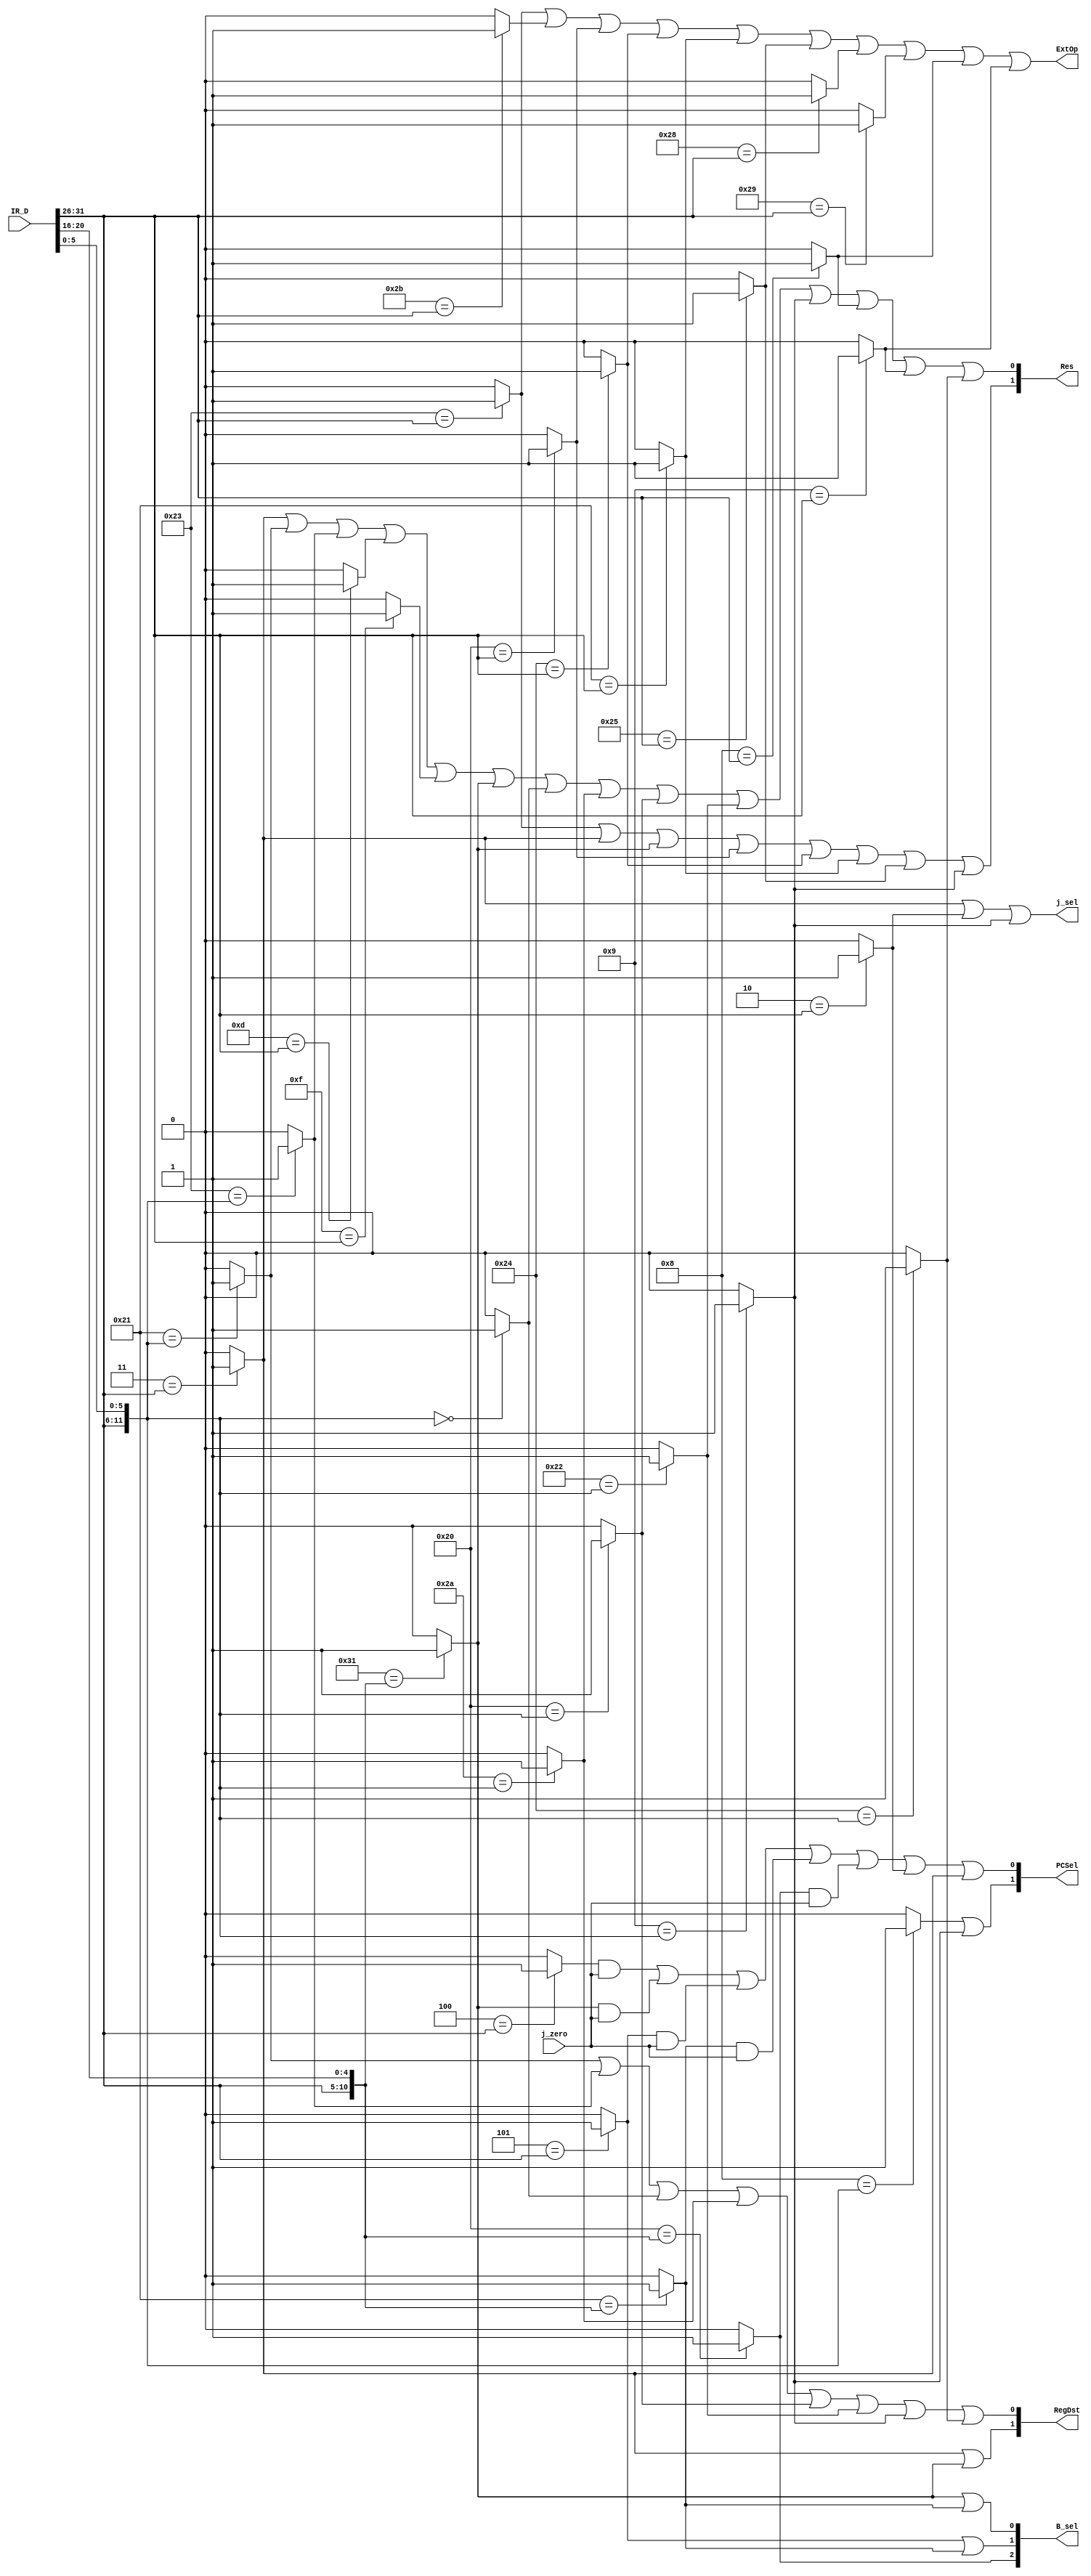
`timescale 1ns / 1ps
//////////////////////////////////////////////////////////////////////////////////
// Company: 
// Engineer: 
// 
// Design Name: 
// Module Name:    contr_D 
// Project Name: 
// Target Devices: 
// Tool versions: 
// Description: 
//
// Dependencies: 
//
// Revision: 
// Revision 0.01 - File Created
// Additional Comments: 
//
//////////////////////////////////////////////////////////////////////////////////
    `define ADDU 12'b000000100001
	 `define SUBU 12'b000000100011
	 `define ORI 6'b001101
	 `define LW 6'b100011
	 `define SW 6'b101011
	 `define BEQ 6'b000100
	 `define LUI 6'b001111
	 `define SLL 12'b000000000000//sll 
	 `define JAL 6'b000011
	 `define JR 12'b000000001000
	 `define J 6'b000010
	 //
	 `define BGEZAL 11'b00000110001
	 `define LB 6'b100000
	 `define LBU 6'b100100
	 `define LH 6'b100001
	 `define LHU 6'b100101
	 `define SB 6'b101000
	 `define SH 6'b101001
	 `define SLT 12'b000000101010
     //P6
	 `define ADD 12'b000000100000
	 `define ADDI 6'b001000
	 `define ADDIU 6'b001001
	 `define AND 12'b000000100100
	 `define ANDI 6'b001100
	 `define BGEZ 11'b00000100001//rt
	 `define BGTZ 6'b000111
	 `define BLEZ 6'b000110
	 `define BLTZ 11'b00000100000
	 `define BNE 6'b000101
	 `define DIV 12'b000000011010
	 `define DIVU 12'b000000011011
	 `define JALR 12'b000000001001
	 `define MFHI 12'b000000010000
	 `define MFLO 12'b000000010010
	 `define MTHI 12'b000000010001
	 `define MTLO 12'b000000010011
	 `define MULT 12'b000000011000
	 `define MULTU 12'b000000011001
	 `define NOR 12'b000000100111
	 `define OR 12'b000000100101
	 `define SLLV 12'b000000000100
	 `define SLTI 6'b001010
	 `define SLTIU 6'b001011
	 `define SLTU 12'b000000101011
	 `define SRA 12'b000000000011
	 `define SRAV 12'b000000000111
	 `define SRL 12'b000000000010
	 `define SRLV 12'b000000000110
	 `define SUB 12'b000000100010
	 `define XOR 12'b000000100110
	 `define XORI 6'b001110
module contr_D(
    input [31:0] IR_D,
	 input j_zero,
    //output RegWrite,
    output ExtOp,
    output [2:0] B_sel,
	 output [1:0] PCSel,
	 output [1:0] Res,
	 output [1:0] RegDst,
	 output j_sel
    );
	 wire [5:0] opcode,func;
	 wire [4:0] rt_D;
	 wire addu_,subu_,ori_,lw_,sw_,beq_,lui_,jr_,jal_,j_,bgezal_,lb_,lbu_,lh_,lhu_,sb_,sh_,sll_,slt_;
	 wire add_,addi_,addiu_,and_,andi_,bgez_,bgtz_,blez_,bltz_,bne_,div_,divu_,jalr_,mfhi_,mflo_;
	 wire mthi_,mtlo_,mult_,multu_,nor_,or_,sllv_,slti_,sltiu_,sltu_,sra_,srav_,srl_,srlv_,sub_,xor_,xori_;
	 assign opcode = IR_D[31:26];
	 assign func = IR_D[5:0];
	 assign rt_D = IR_D[20:16];
	 //R
	 assign addu_ = (`ADDU=={opcode[5:0],func[5:0]})?1:0;
	 assign subu_ = (`SUBU=={opcode[5:0],func[5:0]})?1:0;
	 assign sll_ = (`SLL=={opcode[5:0],func[5:0]})?1:0;
	 assign jr_ = (`JR=={opcode[5:0],func[5:0]})?1:0;
	 //
	 assign ori_ = (`ORI=={opcode[5:0]})?1:0;
	 assign lw_ = (`LW=={opcode[5:0]})?1:0;
	 assign sw_ = (`SW=={opcode[5:0]})?1:0; 
    assign beq_ = (`BEQ=={opcode[5:0]})?1:0;	
    assign lui_ = (`LUI=={opcode[5:0]})?1:0;
    assign j_ = (`J=={opcode[5:0]})?1:0;	 
	 assign jal_ = (`JAL=={opcode[5:0]})?1:0;
	 //
	 assign bgezal_ = (`BGEZAL=={opcode[5:0],rt_D[4:0]})?1:0;
	 assign lb_ = (`LB=={opcode[5:0]})?1:0;
	 assign lbu_ = (`LBU=={opcode[5:0]})?1:0;
	 assign lh_ = (`LH=={opcode[5:0]})?1:0;
	 assign lhu_ = (`LHU=={opcode[5:0]})?1:0;
	 assign sb_ = (`SB=={opcode[5:0]})?1:0; 
	 assign sh_ = (`SH=={opcode[5:0]})?1:0; 
	 assign slt_ = (`SLT=={opcode[5:0],func[5:0]})?1:0;
	 //p6
	 assign add_ = (`ADD=={opcode[5:0],func[5:0]})?1:0;
	 assign addi_ = (`ADDI=={opcode[5:0]})?1:0;
	 assign addiu_ = (`ADDIU=={opcode[5:0]})?1:0;	 
	 assign and_ = (`AND=={opcode[5:0],func[5:0]})?1:0;
    assign andi_ = (`ANDI=={opcode[5:0]})?1:0;
	 assign bgez_ = (`BGEZ=={opcode[5:0],rt_D[4:0]})?1:0;
	 assign bgtz_ = (`BGTZ=={opcode[5:0]})?1:0;
	 assign blez_ = (`BLEZ=={opcode[5:0]})?1:0;
	 assign bltz_ = (`BLTZ=={opcode[5:0],rt_D[4:0]})?1:0;
	 assign bne_ = (`BNE=={opcode[5:0]})?1:0;
	 assign div_ = (`DIV=={opcode[5:0],func[5:0]})?1:0;
	 assign divu_ = (`DIVU=={opcode[5:0],func[5:0]})?1:0;
	 assign jalr_ = (`JALR=={opcode[5:0],func[5:0]})?1:0;
	 assign mfhi_ = (`MFHI=={opcode[5:0],func[5:0]})?1:0;
	 assign mflo_ = (`MFLO=={opcode[5:0],func[5:0]})?1:0;
	 assign mthi_ = (`MTHI=={opcode[5:0],func[5:0]})?1:0;
	 assign mtlo_ = (`MTLO=={opcode[5:0],func[5:0]})?1:0;
	 assign mult_ = (`MULT=={opcode[5:0],func[5:0]})?1:0;
	 assign multu_ = (`MULTU=={opcode[5:0],func[5:0]})?1:0;
	 assign nor_ = (`NOR=={opcode[5:0],func[5:0]})?1:0;
	 assign or_ = (`OR=={opcode[5:0],func[5:0]})?1:0;
	 assign sllv_ = (`SLLV=={opcode[5:0],func[5:0]})?1:0;
	 assign slti_ = (`SLTI=={opcode[5:0]})?1:0;
	 assign sltiu_ = (`SLTIU=={opcode[5:0]})?1:0;
	 assign sltu_ = (`SLTU=={opcode[5:0],func[5:0]})?1:0;
	 assign sra_ = (`SRA=={opcode[5:0],func[5:0]})?1:0;
	 assign srav_ = (`SRAV=={opcode[5:0],func[5:0]})?1:0;
	 assign srl_ = (`SRL=={opcode[5:0],func[5:0]})?1:0;
	 assign srlv_ = (`SRLV=={opcode[5:0],func[5:0]})?1:0;
	 assign sub_ = (`SUB=={opcode[5:0],func[5:0]})?1:0;
	 assign xor_ = (`XOR=={opcode[5:0],func[5:0]})?1:0;
	 assign xori_ = (`XORI=={opcode[5:0]})?1:0;


	 //assign RegWrite = addu_||subu_||ori_||lw_||lui_||jal_; //GPR
	 assign ExtOp = lw_||sw_||lb_||lbu_||lh_||lhu_||sb_||sh_||addi_||addiu_;
	 assign B_sel[2] = bltz_;//bltz=100
	 assign B_sel[1] = bne_||bgez_;//bne=10,bgez=11
	 assign B_sel[0] = bgezal_||bgez_;//beq_=00,bgezal_=01,
	 assign PCSel[1] = jr_||jalr_;
	 assign PCSel[0] = (beq_&j_zero)||(bgezal_&j_zero)||(bne_&j_zero)||(bgez_&j_zero)||(bltz_&j_zero)||j_||jal_;
	 assign Res[1] = lw_||jal_||bgezal_||lb_||lbu_||lh_||lhu_||jalr_;
	 assign Res[0] = jal_||addu_||subu_||ori_||lui_||bgezal_||sll_||slt_||add_||sub_||jalr_||addi_||addiu_||and_;
	 assign RegDst[1] = jal_||bgezal_;
	 assign RegDst[0] = addu_||subu_||sll_||slt_||add_||sub_||jalr_||and_;//
	 assign j_sel = jal_||j_||jalr_;
endmodule